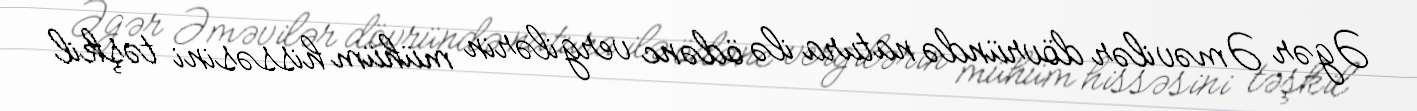
Əgər Əməvilər dövründə natura ilə ödənc vergilərin mühüm hissəsini təşkil